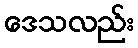
ဒေသလည်း